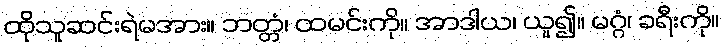
ထိုသူဆင်းရဲမအား။ ဘတ္တံ၊ ထမင်းကို။ အာဒါယ၊ ယူ၍။ မဂ္ဂံ၊ ခရီးကို။